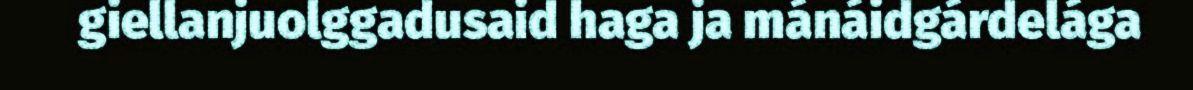
giellanjuolggadusaid haga ja mánáidgárdelága